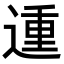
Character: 𨔝